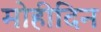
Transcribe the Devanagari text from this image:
मोहीदिन